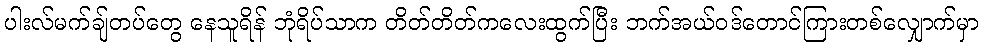
ပါးလ်မက်ချ်တပ်တွေ နေသူရိန် ဘုံရိပ်သာက တိတ်တိတ်ကလေးထွက်ပြီး ဘက်အယ်ဝဒ်တောင်ကြားတစ်လျှောက်မှာ